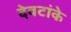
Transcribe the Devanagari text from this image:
देवटांके